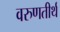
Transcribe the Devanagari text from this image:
वरुणतीर्थ